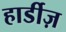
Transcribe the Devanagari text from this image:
हार्डीज़